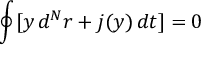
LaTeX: \oint [ y \, d ^ { N } r + j ( y ) \, d t ] = 0